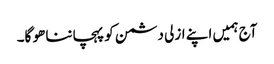
آج ہمیں اپنے ازلی دشمن کو پہچاننا ھو گا۔